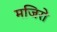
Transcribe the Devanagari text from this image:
मजिरो